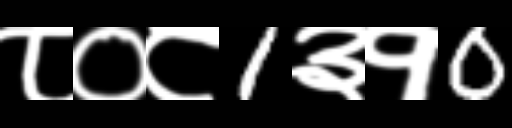
Text: ८०८1३१0